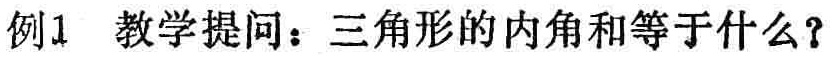
例1 教学提问：三角形的内角和等于什么？